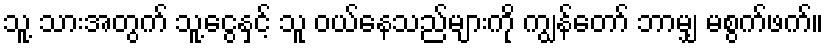
သူ့ သားအတွက် သူ့ငွေနှင့် သူ ဝယ်နေသည်များကို ကျွန်တော် ဘာမျှ မစွက်ဖက်။